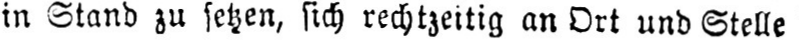
in Stand zu setzen, sich rechtzeitig an Ort und Stelle